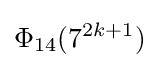
\Phi _{14}(7^{2k+1})